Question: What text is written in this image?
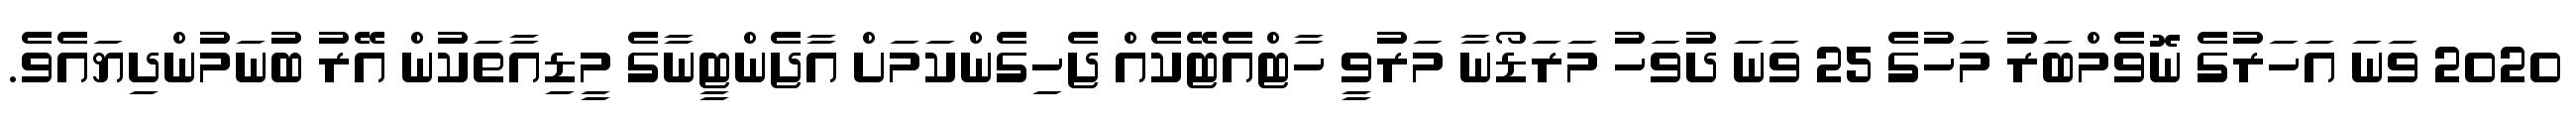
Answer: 2020 ވަނަ އަހަރުގެ ނޮވެމްބަރު މަހުގެ 25 ވަނަ ދުވަހު މަރަޑޯނާ މަރުވީ ހާޓްއެޓޭކެއް ޖެހިގެންކަމަށް އާޖެންޓީނާގެ މީޑިއާތަކުން އޭރު ބުނަމުންދިޔައެވެ.